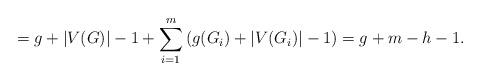
LaTeX: \begin{align*}= g + \vert V(G) \vert -1 + \sum_{i=1}^m \left( g(G_i) + \vert V(G_i) \vert -1 \right) = g+m-h-1 .\end{align*}